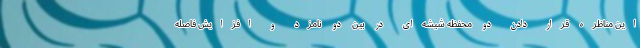
این مناظره قرار دادن دو محفظه شیشه‌ای در بین دو نامزد و افزایش فاصله